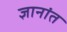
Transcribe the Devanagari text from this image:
ज्ञानांत